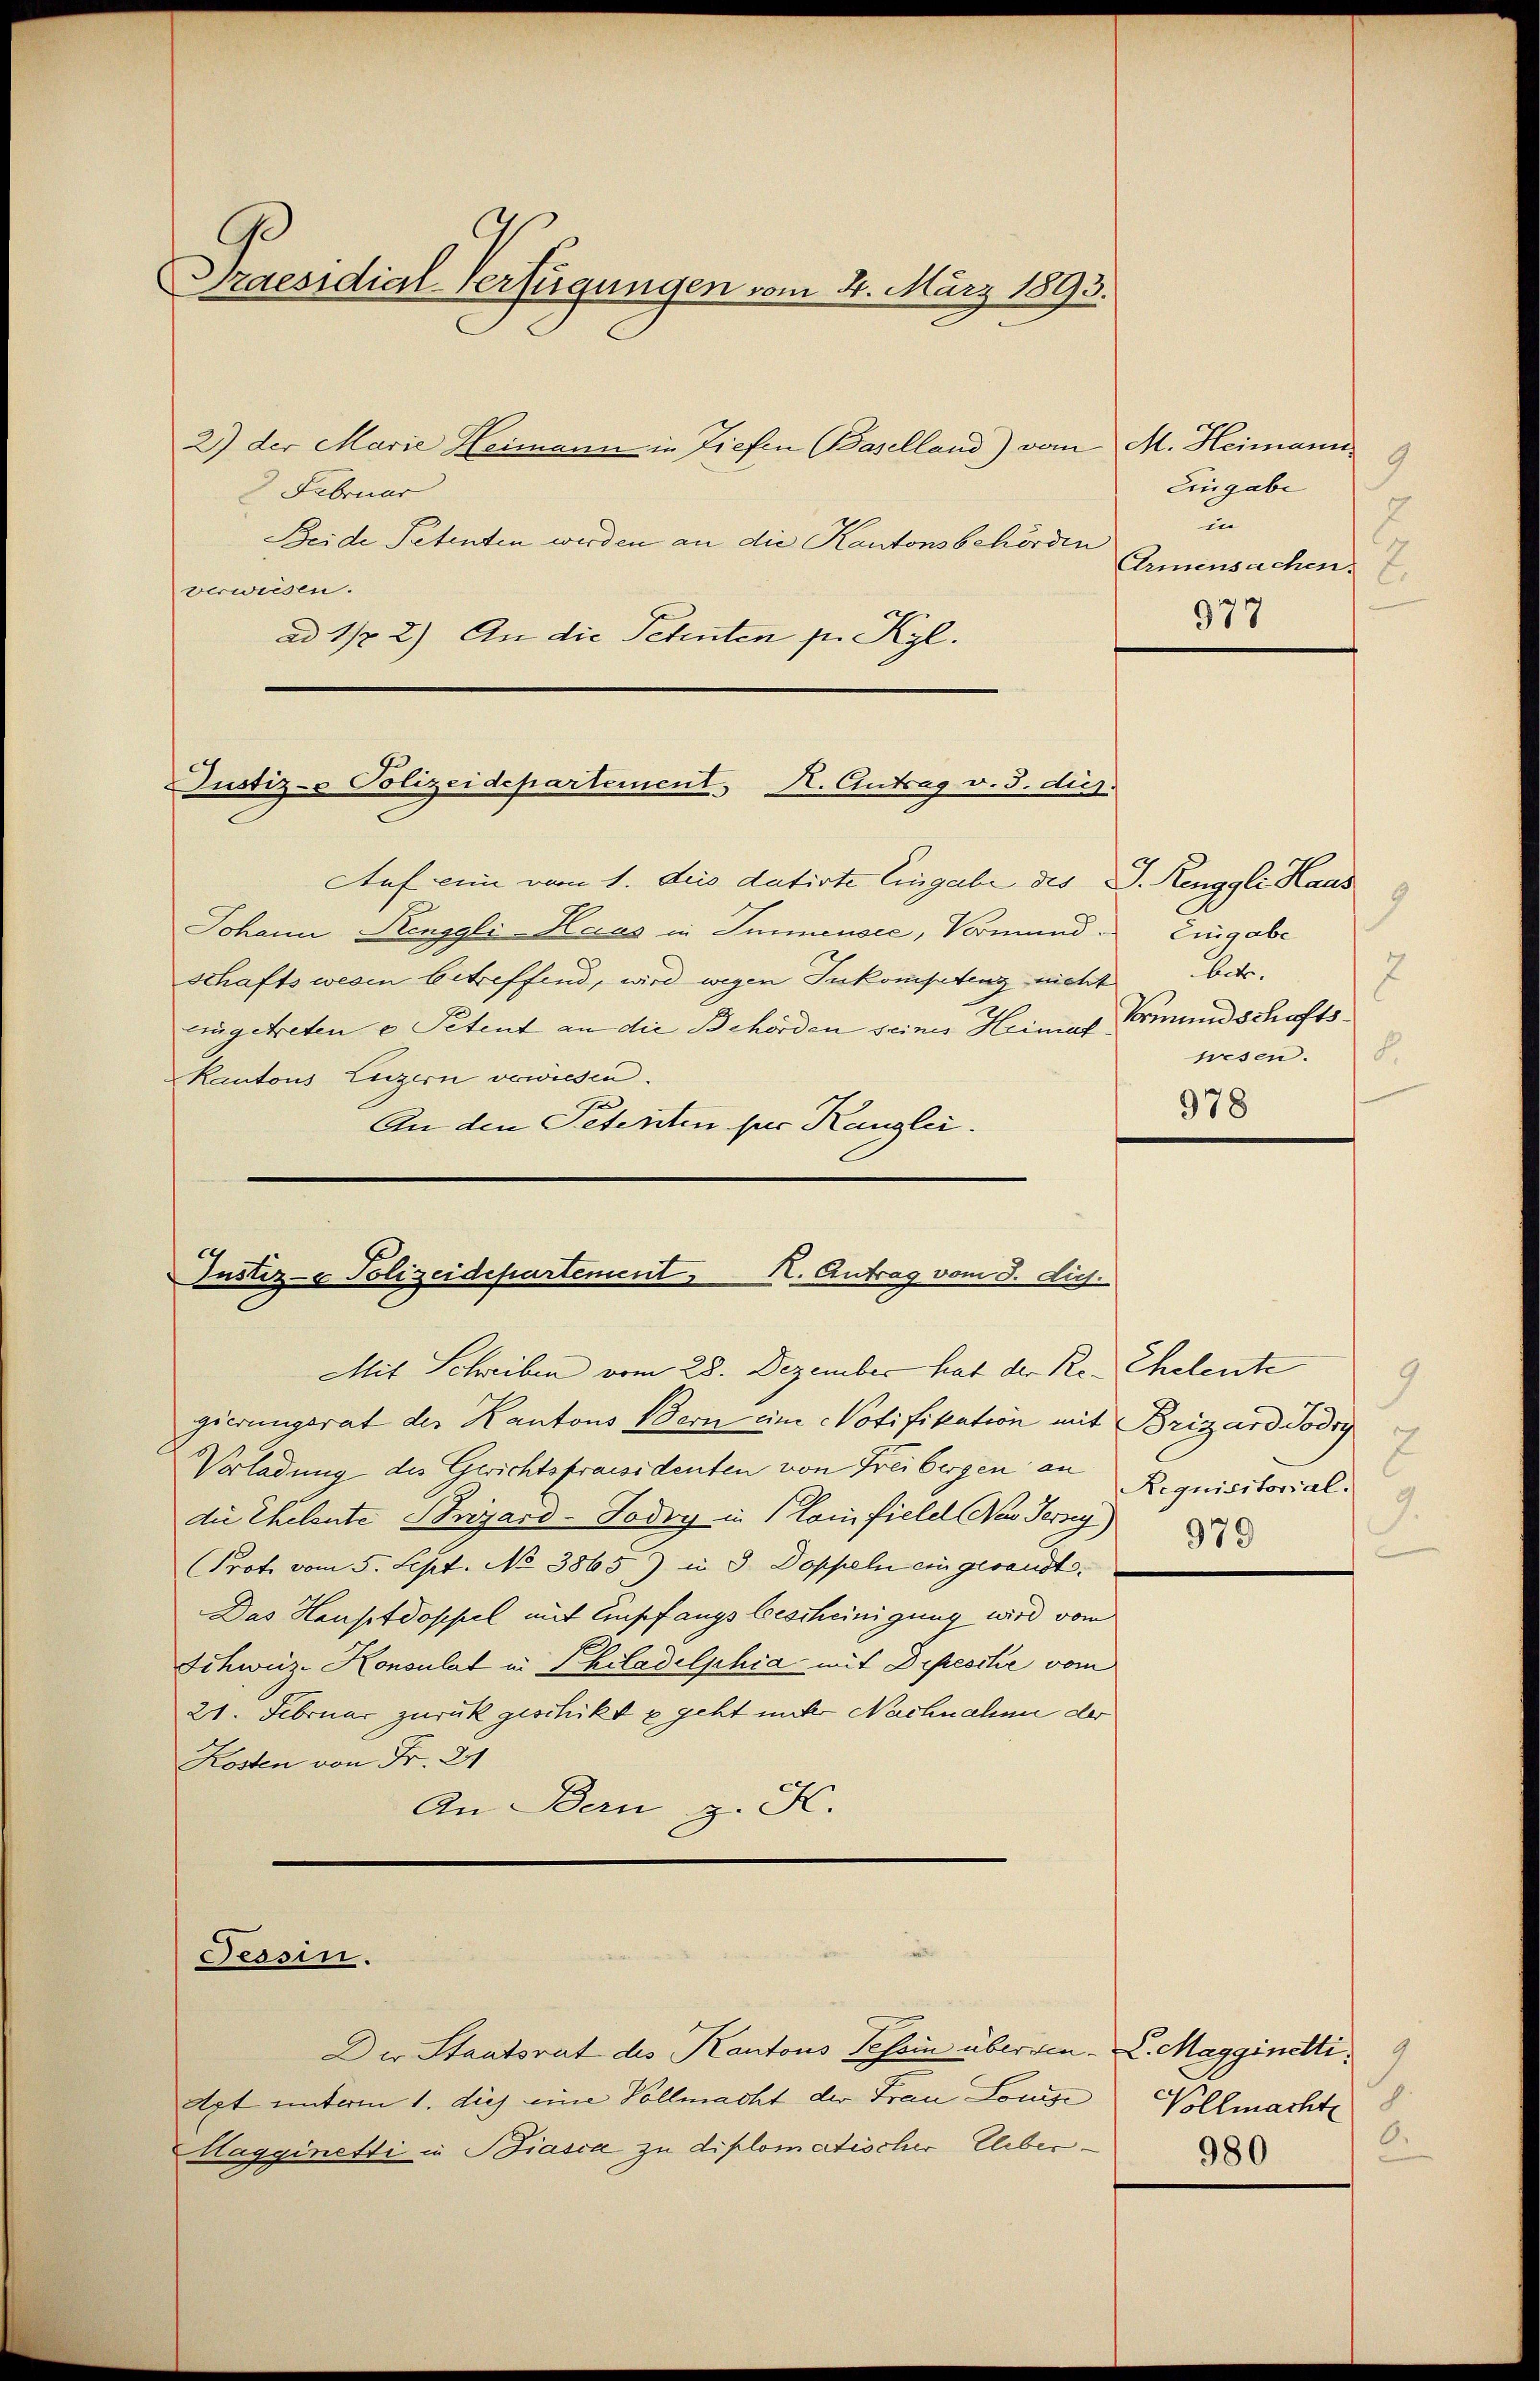
Praesidial-Verfügungen vom 4. März 1893.

2) der Marie Heimann in Tiefen Baselland) vom M. Heimann
 Februar
Beide Petenten werden an die Kantonsbehörden
verweisen.
ad 11 2) An die Scheuten pr. Kgl.

Justiz- & Polizeidepartement. K. Antrag v. 3. dies.

Justiz- u Polizeidepartement K. Antrag vom 8. dich.

Tessin.

Der Staatsrat des Kantons Tessin über den L. Magginetti
Apt unterm 1. diej eine Vollmacht der Frau Louise
Hagginetti in Biasca zu diplomatischer Ueber

Auf ein vom 1. Jus datirte Eingabe des J. Ringgli Haus
Johann Renggli-Haus in Immensee, Vormund.
schaftswesen betreffend, wird wegen Inkompetenz nicht
zingetreten u Petent an die Behörden seines Heimat Vormundschafts¬
Kantons Luzern verwiesen.
An den Petenten per Kanzlei.

9
Eingabe
8
in
Carmensachen
977

Mit Schreiben vom 28. Dezember hat der Regierungsrat der Kantons Bern eine Notifikation mit Brizard Todry
Verladung des Gerichtspraesidenten von Freibergen an
die Eheleute Stryard-Todry in Plan fiele Ner Terzey)
Prote vom 5. Sept. No 3865) in 3 Doppeln ein gesandt¬
Das Hauptdoppel mit Empfangs bescheinigung wird vom
Schweiz-Konsulat in Philadelphia mit Depesche vom
21. Februar zurück geschikt u geht unter Nachnahme der
Kosten von Fr. 21
An Bern z. K.

9
Eingabe
ber.
2
8.
wesen.
978

Eheleute
9.
2
Requisitorial.
9.
979

Vollmacht 8
6.